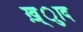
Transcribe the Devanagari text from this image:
ख़्ुाद